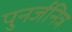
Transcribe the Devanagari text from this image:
पुनर्जनित्र